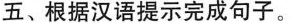
五、根据汉语提示完成句子。